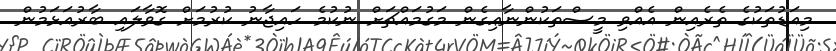
މިއަޑުތަކުގެ ތެރެއިން އެއްވި މީސްތަކުންނާޢިގެން މަގުމައްޗަށް ނުކުމެ ހައިޖާނު ކުރުމަށް ގޮވާލައި ބާރުއަޅަމުން